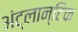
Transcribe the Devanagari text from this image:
अंट्लान्टिक